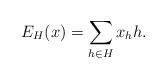
LaTeX: \begin{align*}E_H(x)=\sum_{h\in H}x_hh.\end{align*}